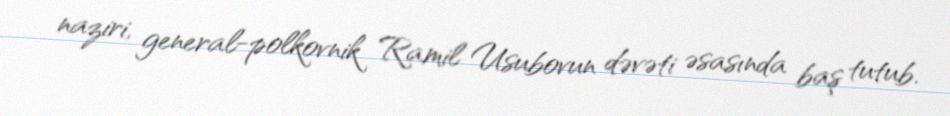
naziri, general-polkovnik Ramil Usubovun dəvəti əsasında baş tutub.